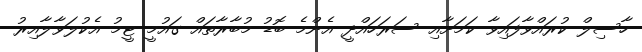
ހާސިލް ކުރައްވާފައިވާ ކަމަށާއި ސަރަހައްދީ އެންމެ ބޮޑު މުބާރާތައް ގައުމީ ޓީމު އެކުލަވާލާއިރު